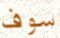
سوف